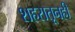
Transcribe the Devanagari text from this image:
शहरातूनही